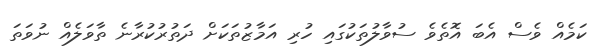
ކަމެއް ވެސް އެބަ އޮތެވެ ސުވާލުތަކުގައި ހުރި އަމާޒުތަކަށް ދަތުރުކުރާނެ ތާވަލެއް ނުވަތަ